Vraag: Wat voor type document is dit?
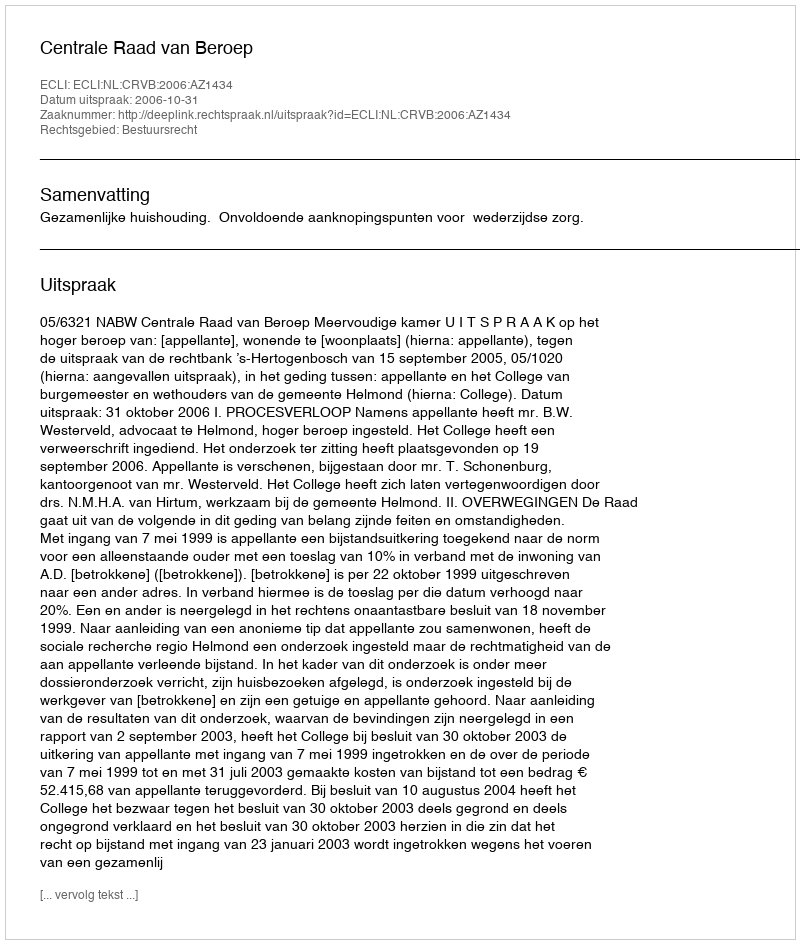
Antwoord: Uitspraak